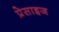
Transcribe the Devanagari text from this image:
प्रेसाइज